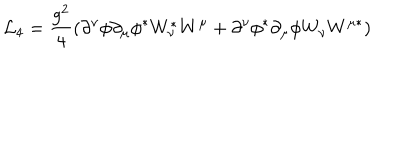
{ \cal L } _ { 4 } = \frac { g ^ { 2 } } { 4 } ( \partial ^ { \nu } \phi \partial _ { \mu } \phi ^ { \ast } W _ { \nu } ^ { \ast } W ^ { \mu } + \partial ^ { \nu } \phi ^ { \ast } \partial _ { \mu } \phi W _ { \nu } W ^ { \mu \ast } )